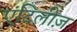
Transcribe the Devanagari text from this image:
एंटिलीज़